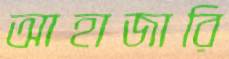
আহাজারি